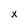
Character: X